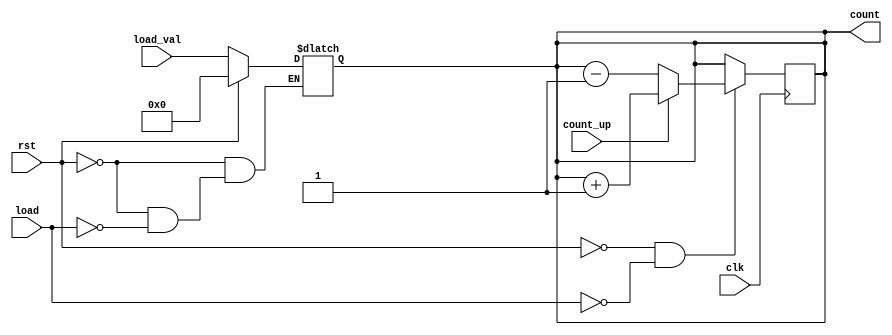
module async_load_counter (
    input wire clk,               // Clock signal
    input wire rst,               // Asynchronous reset signal
    input wire load,              // Asynchronous load signal
    input wire [3:0] load_val,    // Value to load into the counter
    input wire count_up,          // Control signal for counting up or down
    output reg [3:0] count        // Current value of the counter
);

// Asynchronous reset and load operations
always @(*) begin
    if (rst) begin
        count = 4'b0000;           // Reset counter to 0
    end else if (load) begin
        count = load_val;          // Load specified value
    end
end

// Counting operation on rising edge of the clock
always @(posedge clk) begin
    if (!rst && !load) begin
        if (count_up) begin
            count <= count + 1;    // Increment counter
        end else begin
            count <= count - 1;    // Decrement counter
        end
    end
end

endmodule